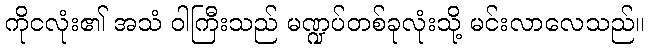
ကိုငလုံး၏ အသံ ဝါကြီးသည် မဏ္ဍပ်တစ်ခုလုံးသို့ မင်းလာလေသည်။